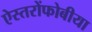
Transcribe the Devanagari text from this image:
ऐस्तरोंफोबीया